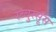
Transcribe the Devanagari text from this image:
रब्बुस्सूस